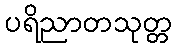
ပရိညာတသုတ္တ